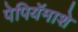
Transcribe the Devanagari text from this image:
पेपियॅमाशे